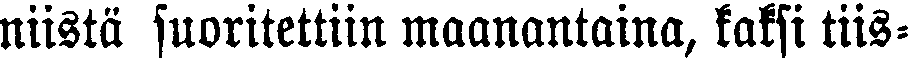
niistä suoritettiin maanantaina, kaksi tiis-